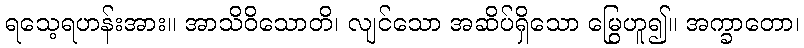
ရသေ့ရဟန်းအား။ အာသိဝိသောတိ၊ လျင်သော အဆိပ်ရှိသော မြွေဟူ၍။ အက္ခာတော၊